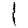
Digit: 1